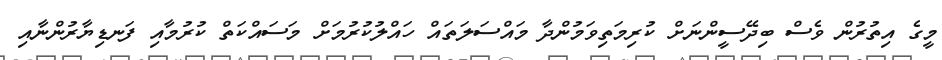
މީގެ އިތުރުން ވެސް ބިދޭސީންނަށް ކުރިމަތިވަމުންދާ މައްސަލަތައް ހައްލުކުރުމަށް މަސައްކަތް ކުރުމާއި ފަނޑިޔާރުންނާއި